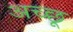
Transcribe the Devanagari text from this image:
अच्छू